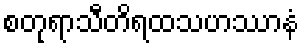
စတုရာသီတိရထသဟဿာနံ